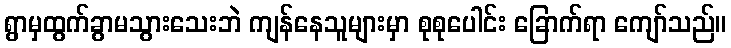
ရွာမှထွက်ခွာမသွားသေးဘဲ ကျန်နေသူများမှာ စုစုပေါင်း ခြောက်ရာ ကျော်သည်။